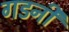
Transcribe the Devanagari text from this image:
गडनी